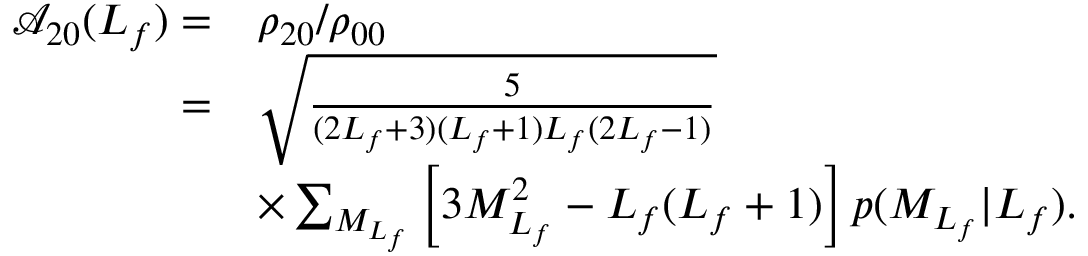
\begin{array} { r l } { \mathcal { A } _ { 2 0 } ( L _ { f } ) = } & { \rho _ { 2 0 } / \rho _ { 0 0 } } \\ { = } & { \sqrt { \frac { 5 } { ( 2 L _ { f } + 3 ) ( L _ { f } + 1 ) L _ { f } ( 2 L _ { f } - 1 ) } } } \\ & { \times \sum _ { M _ { L _ { f } } } \left[ 3 { M } _ { L _ { f } } ^ { 2 } - L _ { f } ( L _ { f } + 1 ) \right] p ( { M } _ { L _ { f } } \vert L _ { f } ) . } \end{array}